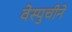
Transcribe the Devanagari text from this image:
वेस्पुचीने